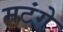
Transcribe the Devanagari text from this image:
मटंगे